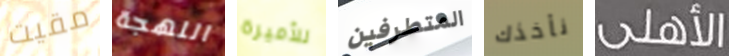
مقيت اللهجة للأميرة المتطرفين نأخذك الأهلى